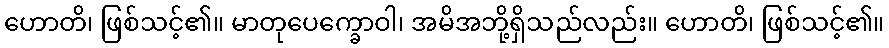
ဟောတိ၊ ဖြစ်သင့်၏။ မာတုပေက္ခောဝါ၊ အမိအဘို့ရှိသည်လည်း။ ဟောတိ၊ ဖြစ်သင့်၏။